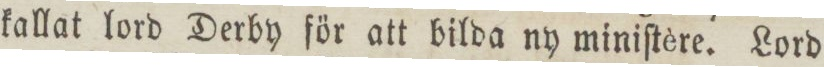
kallat lord Derby för att bilda ny miniſtère. Lord